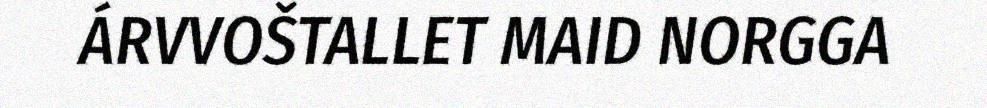
ÁRVVOŠTALLET MAID NORGGA